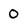
Character: 0